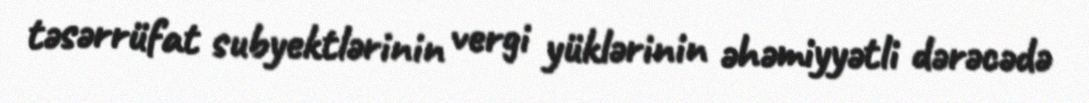
təsərrüfat subyektlərinin vergi yüklərinin əhəmiyyətli dərəcədə